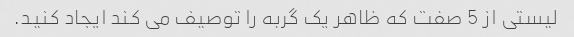
لیستی از 5 صفت که ظاهر یک گربه را توصیف می کند ایجاد کنید.